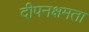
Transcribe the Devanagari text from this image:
दीपनक्षमता